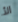
الأ